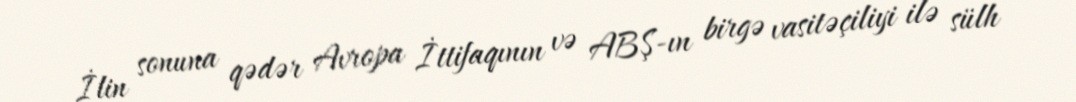
İlin sonuna qədər Avropa İttifaqının və ABŞ-ın birgə vasitəçiliyi ilə sülh